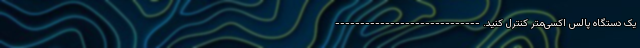
یک دستگاه پالس اکسی‌متر کنترل کنید. -----------------------------